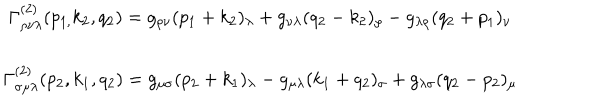
\begin{array} { c } { { \Gamma _ { \rho \nu \lambda } ^ { \left( 2 \right) } ( p _ { 1 , } k _ { 2 } , q _ { 2 } ) = g _ { \rho \nu } ( p _ { 1 } + k _ { 2 } ) _ { \lambda } + g _ { \nu \lambda } ( q _ { 2 } - k _ { 2 } ) _ { \rho } - g _ { \lambda \rho } ( q _ { 2 } + p _ { 1 } ) _ { \nu } } } \\ { { \Gamma _ { \sigma \mu \lambda } ^ { ( 2 ) } ( p _ { 2 } , k _ { 1 } , q _ { 2 } ) = g _ { \mu \sigma } ( p _ { 2 } + k _ { 1 } ) _ { \lambda } - g _ { \mu \lambda } ( k _ { 1 } + q _ { 2 } ) _ { \sigma } + g _ { \lambda \sigma } ( q _ { 2 } - p _ { 2 } ) _ { \mu } } } \\ \end{array}